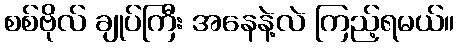
စစ်ဗိုလ် ချုပ်ကြီး အနေနဲ့လဲ ကြည့်ရမယ်။